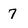
Character: 7